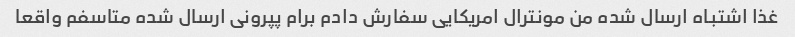
غذا اشتباه ارسال شده من مونترال امریکایی سفارش دادم برام پپرونی ارسال شده متاسفم واقعا